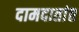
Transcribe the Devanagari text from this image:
दामदातांत